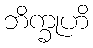
ဘိက္ခုဟိ